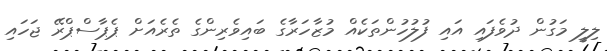
ލިލީ މަގުން ދުވެފައި އައި ފުލުހުންތަކެއް މުޒާހަރާގެ ބައިވެރިންގެ ތެރެއަށް ޕެޕާސްޕްރޭ ޖަހައި